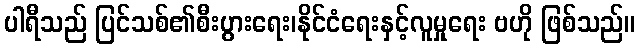
ပါရီသည် ပြင်သစ်၏စီးပွားရေး၊နိုင်ငံရေးနှင့်လူမှုရေး ဗဟို ဖြစ်သည်။